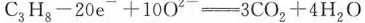
$$H_{8}-20e^{-}+10O^{2-}=3CO_{2}+4H_{2}O$$